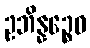
ဥဘိန္နဉ္စေဝ